Source: Handwritten
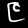
Digit: ၉ (9)